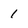
Character: 1